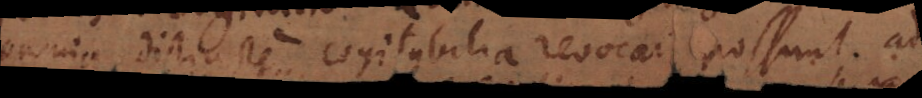
omnia distincte cogitabilia revocari possunt ad